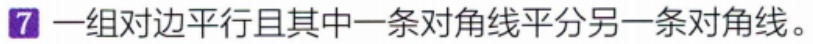
一组对边平行且其中一条对角线平分另一条对角线。